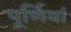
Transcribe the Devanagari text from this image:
पूर्णियां